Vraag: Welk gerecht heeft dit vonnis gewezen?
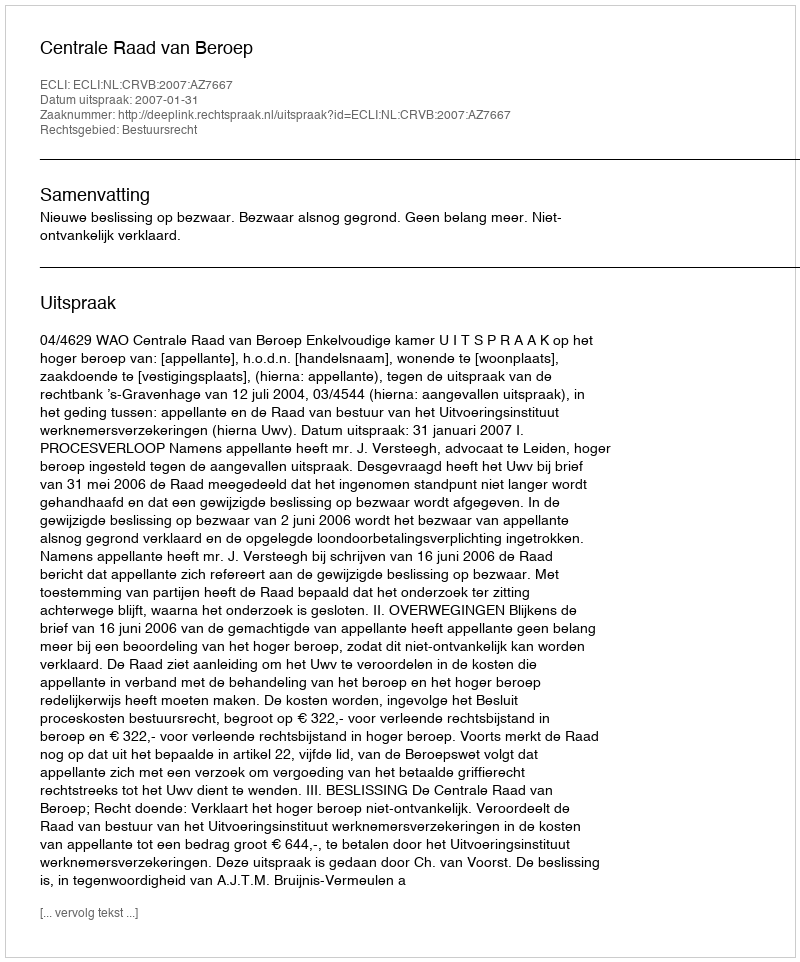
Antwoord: Centrale Raad van Beroep